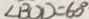
\angle B O D = 6 0 ^ { \circ }